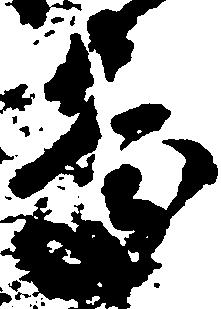
慶